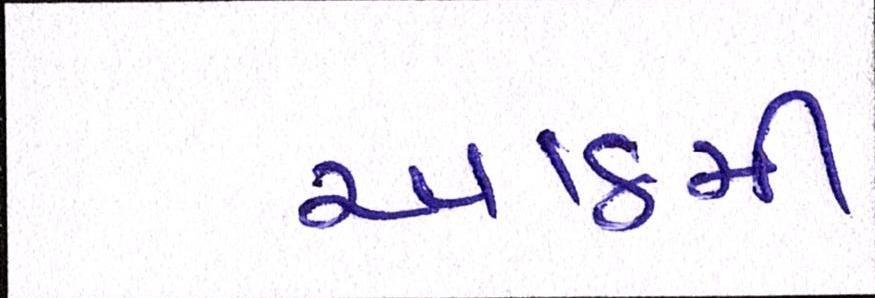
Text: આઠમી